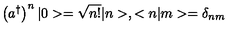
\left( a ^ { \dagger } \right) ^ { n } | 0 > = \sqrt { n ! } | n > , < n | m > = \delta _ { n m }